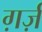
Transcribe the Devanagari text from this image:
ग़र्ज़